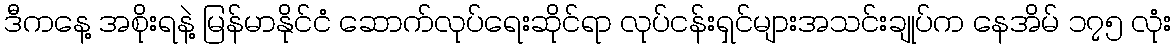
ဒီကနေ့ အစိုးရနဲ့ မြန်မာနိုင်ငံ ဆောက်လုပ်ရေးဆိုင်ရာ လုပ်ငန်းရှင်များအသင်းချုပ်က နေအိမ် ၁၇၅ လုံး